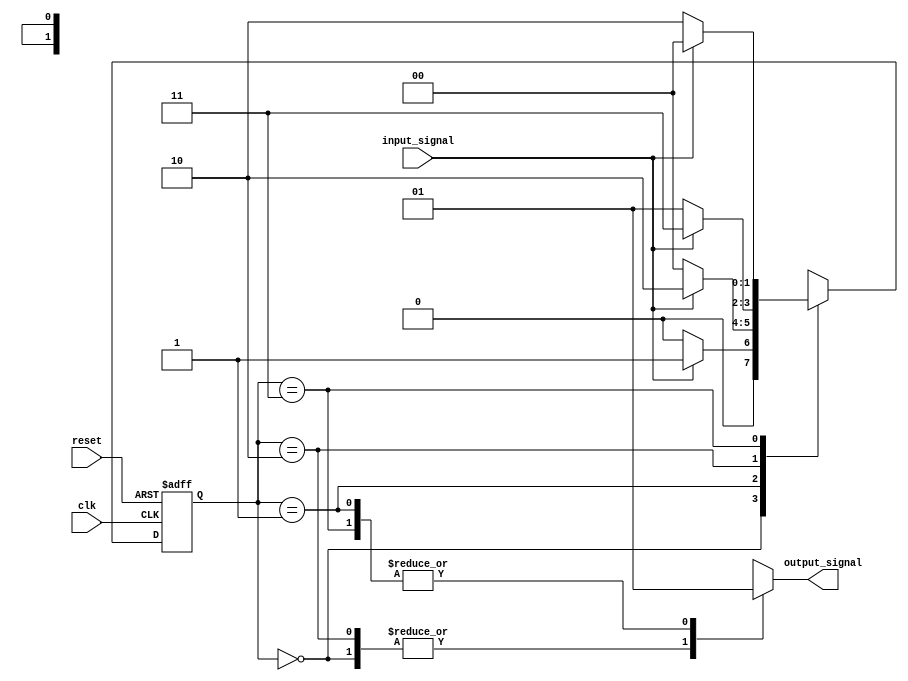
module mealy_fsm #(
    parameter N = 2 // Number of bits for state representation (2 bits for 4 states)
)(
    input wire clk,          // Clock signal
    input wire reset,        // Reset signal
    input wire input_signal, // Input signal for the FSM
    output reg output_signal // Output signal of the FSM
);

    // State encoding
    localparam S0 = 2'b00; // State 0
    localparam S1 = 2'b01; // State 1
    localparam S2 = 2'b10; // State 2
    localparam S3 = 2'b11; // State 3

    reg [N-1:0] current_state, next_state; // State registers

    // State transition logic (Combinational)
    always @(*) begin
        case (current_state)
            S0: begin
                if (input_signal)
                    next_state = S1;
                else
                    next_state = S0;
                output_signal = 1'b0; // Output logic for S0
            end
            S1: begin
                if (input_signal)
                    next_state = S2;
                else
                    next_state = S0;
                output_signal = 1'b1; // Output logic for S1
            end
            S2: begin
                if (input_signal)
                    next_state = S3;
                else
                    next_state = S1;
                output_signal = 1'b0; // Output logic for S2
            end
            S3: begin
                if (input_signal)
                    next_state = S0;
                else
                    next_state = S2;
                output_signal = 1'b1; // Output logic for S3
            end
            default: begin
                next_state = S0; // Default to state S0
                output_signal = 1'b0; // Default output
            end
        endcase
    end

    // State register update (Sequential)
    always @(posedge clk or posedge reset) begin
        if (reset) begin
            current_state <= S0; // Initialize to state S0 on reset
        end else begin
            current_state <= next_state; // Update to next state
        end
    end

endmodule